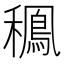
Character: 䆇